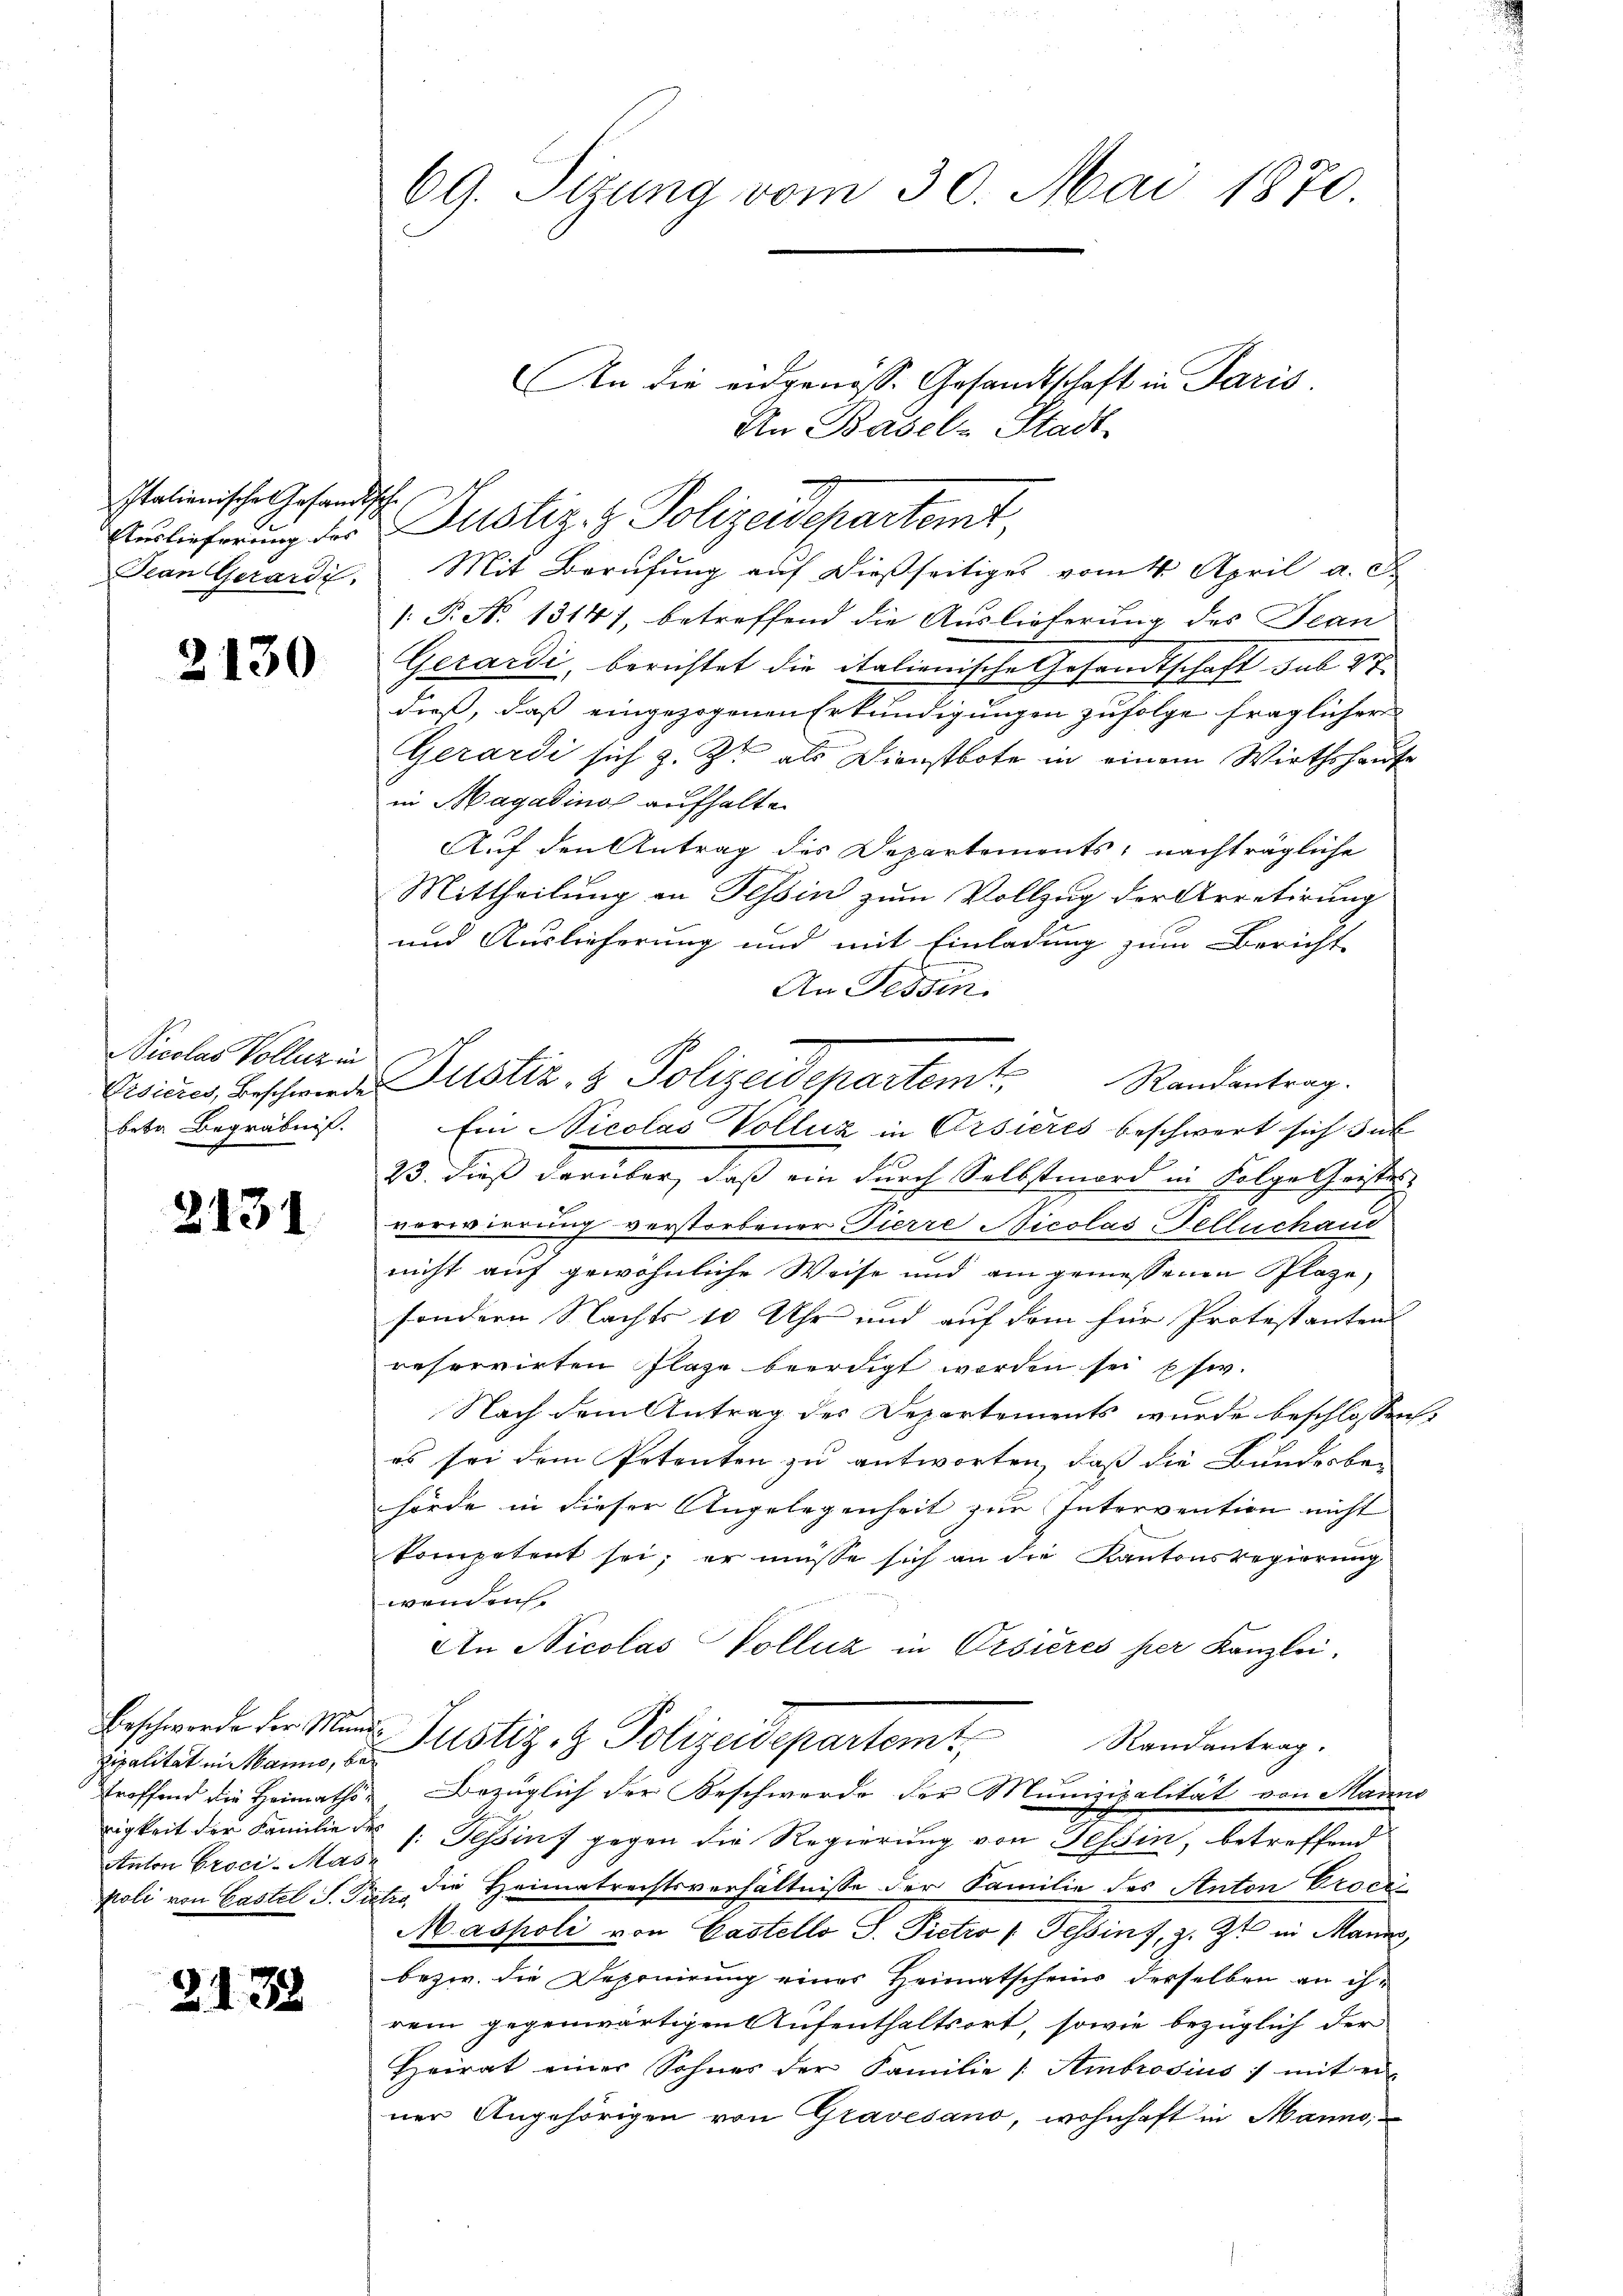
Italienische Gesandtsche
Jean Gerardi.

2130

Nicolas Volliz in
bete Begräbnis.

2131

zipalität in Manns, betroffend die Heimaths¬
Anton Proci-Mas

§. 1. 38

69. Sizung vom 30. Mai 1870.

An die eidgenöss. Gesandtschaft in Paris.
An Basel-Stadt.
Auslieferung der Justiz- & Polizeidepartemt,
Mit Berufung auf dießseitiges vom 4. April a. d.
/: P. No 1314), betreffend die Auslieferung des Jean
Gerardi, berichtet die italienische Gesandtschaft sub 27
dieß, daß eingezogenen Erkundigungen zufolge fraglicher
Gerardi sich z. Zt. als Dienstbote in einem Wirthshause
in Magadinos aufhalten
Auf den Antrag des Departements, nachträgliche
Mittheilung in Tessin zum Vollzug der Arretirung
und Auslieferung und mit Einladung zum Bericht
An Tessin.
Randantrag.
Ein Nicolas Volluz in Orsieres beschwert sich sub
23. dieß darüber, daß ein durch Selbstmord in Folge Geistes,
verwirrung verstorbener Pierre Nicolas Fellnchand
nicht auf gewöhnliche Weise und ain gemessenen Plaze,
sondern Nachts 10 Uhr und auf dem für Protestanten
reservirten Plaze beerdigt worden sei pfw.
Nach dem Antrag des Departements wurde beschlossen,
es sei dem Petenten zu antworten, daß die Bundesbehörde in dieser Angelegenheit zur Intervention nicht
kompetent sei; er müsse sich an die Kantonsregierung
wenden
An Nicolas Volluz in Orsieres per Kanzlei.
Erschwerde der Mann Justiz- & Polizeidepartemt, Randantrag.
Bezüglich der Beschwerde der Munizipalität von Manns
rigkeit der Familie der s. Tessin gegen die Regierung von Gessin, betreffend
poli von Castel S. Pietr. die Heimatrechtsverhältnisse der Familie des Anton Croci
Maspoli von Gastello S. Pietro (Tessins, z. Zt. in Manne,
bezw. die Deponirung eines Heimatscheins derselben an ihrem gegenwärtigen Aufenthaltsort, sowie bezüglich der
Heirat einer Sohnes der Familie /: Ambrosius ; mit ei
ner Angehörigen von Gravesano, wohnhaft in Manno,

Eiring, Beschwerde Justiz- & Polizeidepartemt,